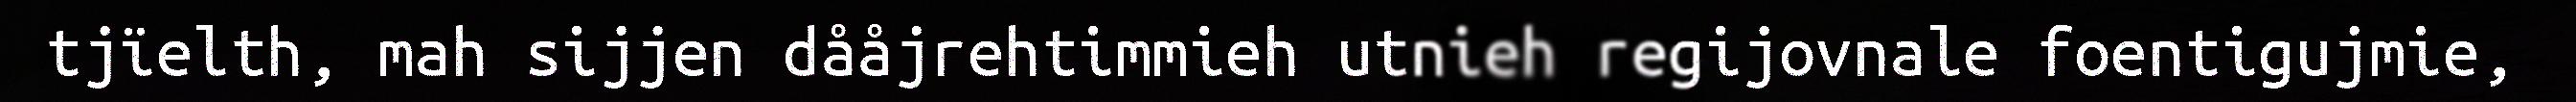
tjïelth, mah sijjen dååjrehtimmieh utnieh regijovnale foentigujmie,